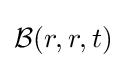
{\mathcal {B}}(r,r,t)